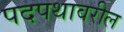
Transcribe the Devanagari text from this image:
पदपथावरील